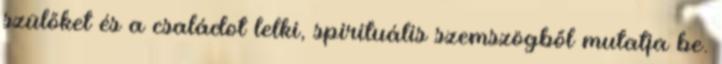
szülőket és a családot lelki, spirituális szemszögből mutatja be.